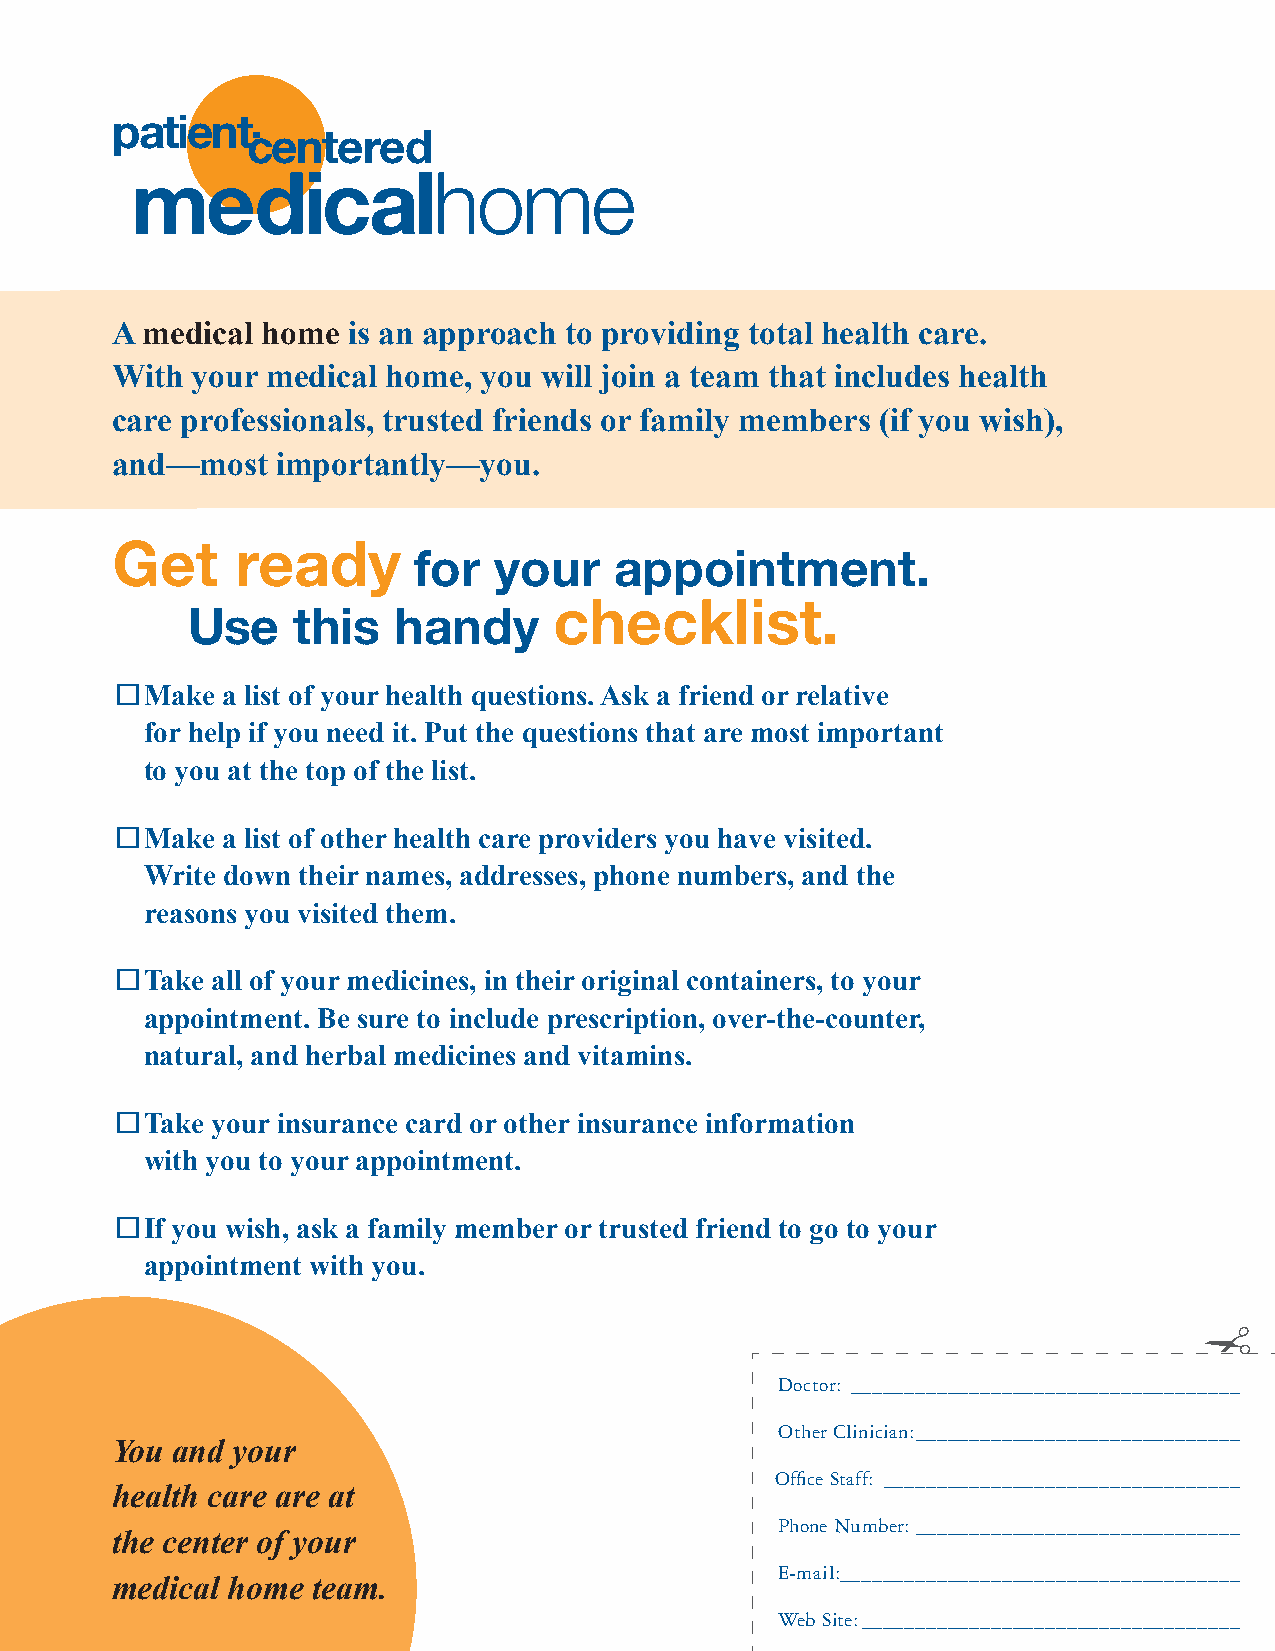
patient
 centered
 medicalhome
 A medical home  is an approach to providing total health care.
 With  your medical home, you will join a team that includes health
 care professionals, trusted friends or family members (if you wish),
 and—most   importantly—you.
 Get      ready
 for   your    appointment.
 checklist.
 Use    this   handy
  Make a list of your health questions. Ask a friend or relative
 for help if you need it. Put the questions that are most important
 to you at the top of the list.
  Make a list of other health care providers you have visited.
 Write down their names, addresses, phone numbers, and the
 reasons you visited them.
  Take all of your medicines, in their original containers, to your
 appointment. Be sure to include prescription, over-the-counter,
 natural, and herbal medicines and vitamins.
  Take your insurance card or other insurance information
 with you to your appointment.
  If you wish, ask a family member or trusted friend to go to your
 appointment with you.
 Doctor: ____________________________________
 Other Clinician: ______________________________
 You and your
 Office Staff: _________________________________
 health care are at
 Phone Number: ______________________________
 the center of your
 E-mail:_____________________________________
 medical home  team.
 Web Site: ___________________________________
 ✁